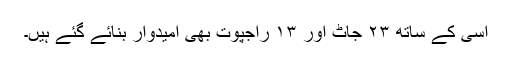
اسی کے ساتھ ۲۳ جاٹ اور ۱۳ راجپوت بھی امیدوار بنائے گئے ہیں۔